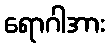
ရောဂါအား